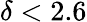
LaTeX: \delta<2.6